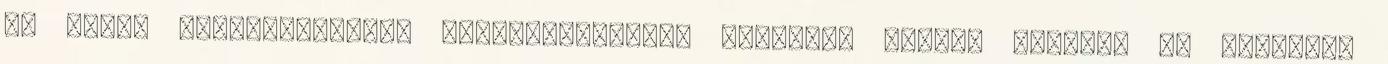
és egyéb vizisportolási lehetőségeknek, miközben csodás öblöket és izgalmas